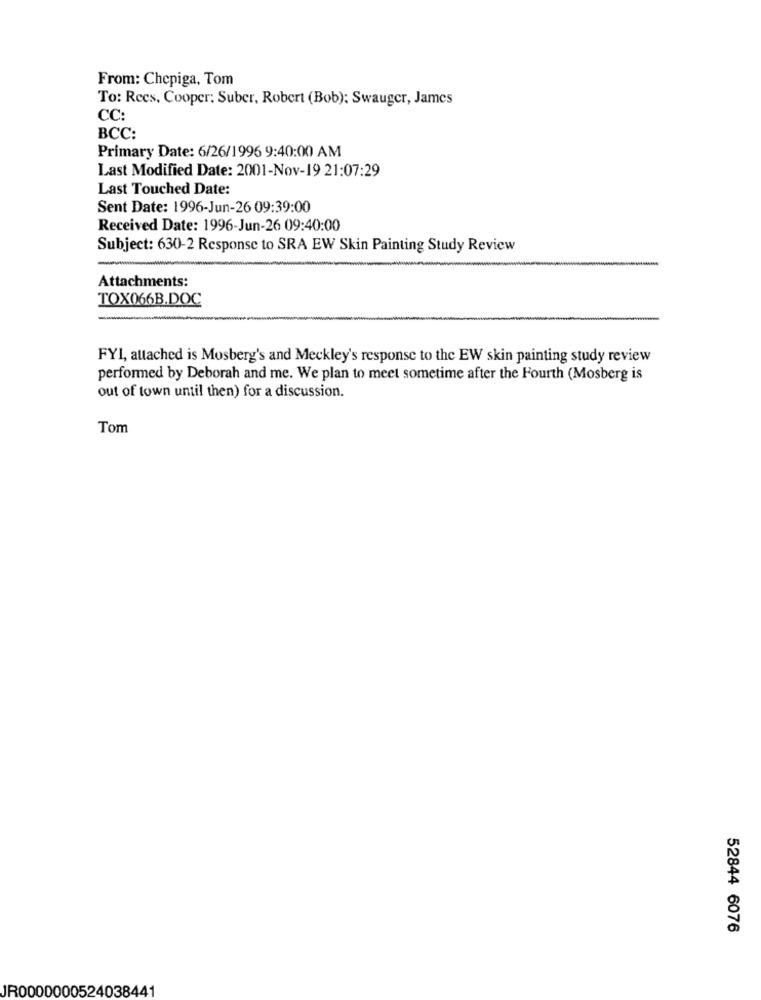
From: Chepiga, Tom
To: Recs, Cooper: Suber, Robert (Bob): Swauger, James
CC:
BCC:
Primary Date: 6/26/1996 9:40:00 AM
Last Modified Date: 2001-Nov-19 21:07:29
Last Touched Date:
Sent Date: 1996-Jun-26 09:39:00
Received Date: 1996-Jun-26 09:40:00
Subject: 630-2 Response to SRA EW Skin Painting Study Review
Attachments:
TOX066B.DOC
FYI, attached is Mosberg's and Meckley's response to the EW skin painting study review
performed by Deborah and me. We plan to meet sometime after the Fourth (Mosberg is
out of town until then) for a discussion.
Tom
52844 6076
IR0000000524038441